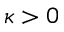
\kappa > 0